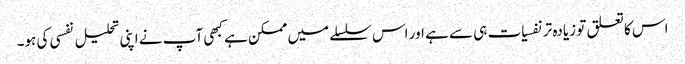
اس کا تعلق تو زیادہ تر نفسیات ہی سے ہے اور اس سلسلے میں ممکن ہے کبھی آپ نے اپنی تحلیل نفسی کی ہو۔